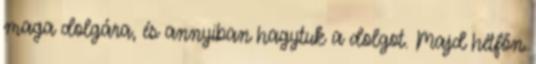
maga dolgára, és annyiban hagytuk a dolgot. Majd hétfőn